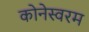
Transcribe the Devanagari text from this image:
कोनेस्वरम